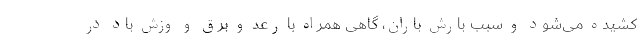
کشیده می‌شود و سبب بارش باران، گاهی همراه با رعد و برق و وزش باد در